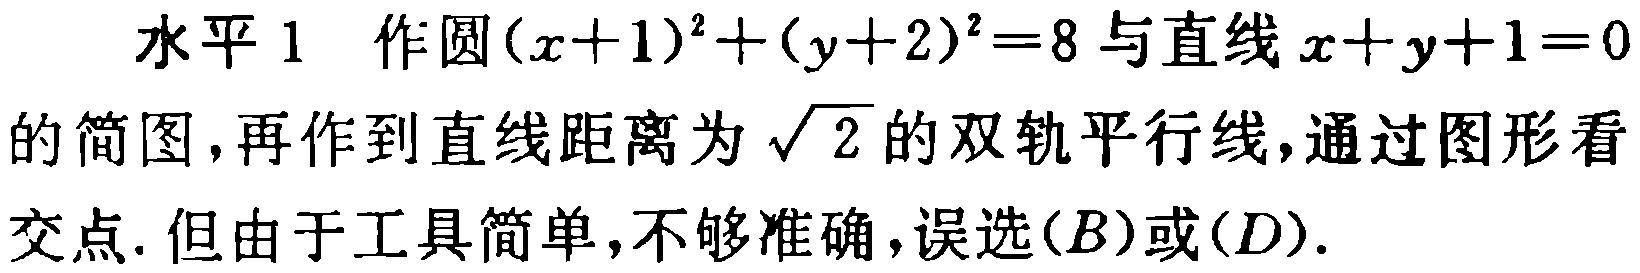
水平 1 作圆\((x + 1)^2 + (y + 2)^2 = 8\)与直线\(x + y + 1 = 0\)的简图，再作到直线距离为\(\sqrt{2}\)的双轨平行线，通过图形看交点. 但由于工具简单，不够准确，误选\((B)\)或\((D)\).